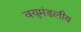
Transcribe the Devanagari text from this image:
वयुमंडलीय